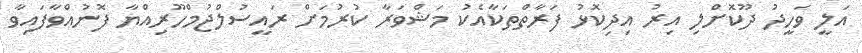
އަލީ ވަހީދު ދޫކޮށްލި އިރު އިދިކޮޅު ފަރާތްތަކާއެކު މަޝްވަރާ ކުރުމަށް ރައީސުލްޖުމްހޫރިއްޔާ ފޮނުއްވާފައިވާ